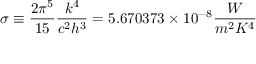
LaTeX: \sigma \equiv { \frac { 2 \pi ^ { 5 } } { 1 5 } } { \frac { k ^ { 4 } } { c ^ { 2 } h ^ { 3 } } } = 5 . 6 7 0 3 7 3 \times 1 0 ^ { - 8 } { \frac { W } { m ^ { 2 } K ^ { 4 } } }